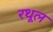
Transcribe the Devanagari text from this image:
रथूल